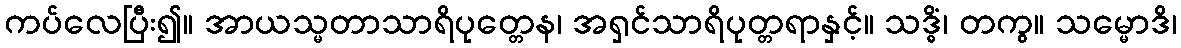
ကပ်လေပြီး၍။ အာယသ္မတာသာရိပုတ္တေန၊ အရှင်သာရိပုတ္တရာနှင့်။ သဒ္ဓိံ၊ တကွ။ သမ္မောဒိ၊